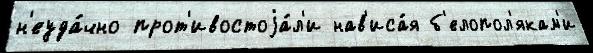
н'еуда́чно прот'ивостоjа́л'и нав'иса́я б'елопол'якам'и